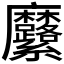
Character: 𮮍